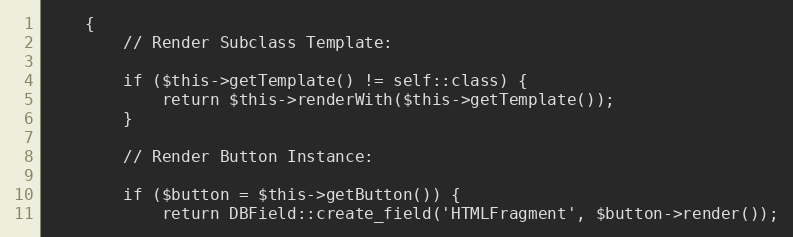
Language: PHP
    {
        // Render Subclass Template:

        if ($this->getTemplate() != self::class) {
            return $this->renderWith($this->getTemplate());
        }

        // Render Button Instance:

        if ($button = $this->getButton()) {
            return DBField::create_field('HTMLFragment', $button->render());